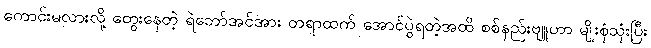
ကောင်းမလားလို့ တွေးနေတဲ့ ရဲဘော်အင်အား တရာထက် အောင်ပွဲရတဲ့အထိ စစ်နည်းဗျူဟာ မျိုးစုံသုံးပြီး